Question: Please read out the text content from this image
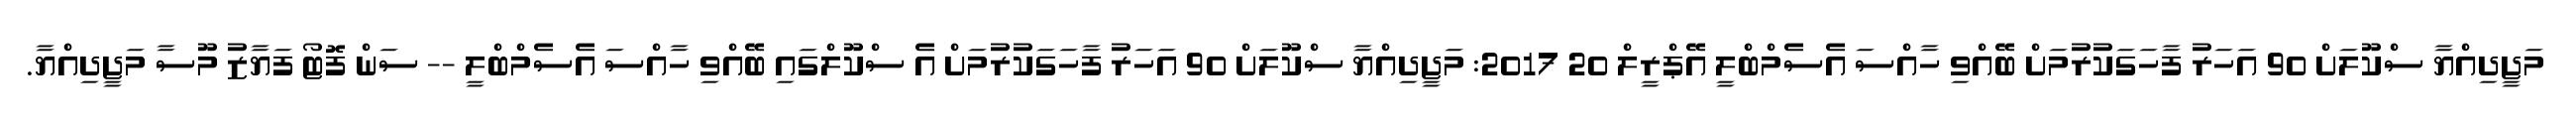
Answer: މަޖީދިއްޔާ ސްކޫލަށް 90 އަހަރު ފާހަގަކުރުމަށް ބޭއްވި ހާއްސަ އެސެމްބްލީ އޭޕްރީލް 20 2017: މަޖީދިއްޔާ ސްކޫލަށް 90 އަހަރު ފާހަގަކުރުމަށް އެ ސްކޫލްގައި ބޭއްވި ހާއްސަ އެސެމްބްލީ -- ސަން ފޮޓޯ ފަޔާޒު މޫސާ މަޖީދިއްޔާ.